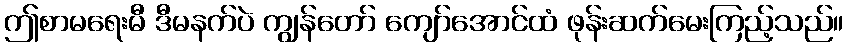
ဤစာမရေးမီ ဒီမနက်ပဲ ကျွန်တော် ကျော်အောင်ထံ ဖုန်းဆက်မေးကြည့်သည်။